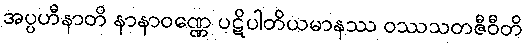
အပ္ပဟီနာတိ နာနာဝဏ္ဏေ ပဋိပါတိယမာနဿ ဝဿသတဇီဝီတိ